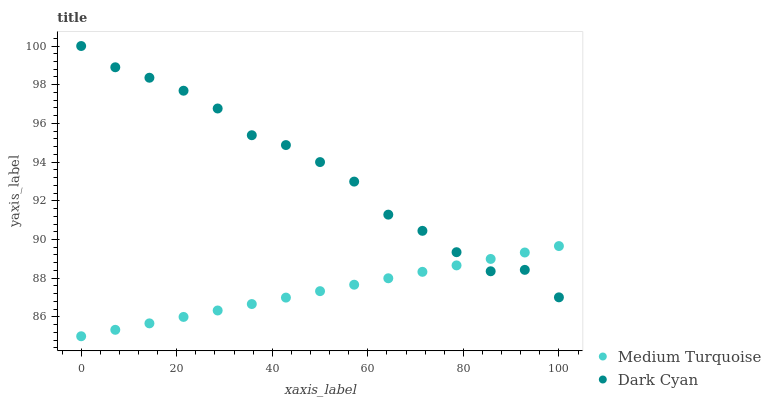
| xaxis_label | Medium Turquoise | Dark Cyan |
 | --- | --- | --- |
 | 0 | 85 | 100 |
 | 7.14 | 85.3 | 98.9 |
 | 14.3 | 85.7 | 98.4 |
 | 21.4 | 86 | 97.7 |
 | 28.6 | 86.3 | 96.8 |
 | 35.7 | 86.7 | 95.4 |
 | 42.9 | 87 | 94.9 |
 | 50 | 87.3 | 94 |
 | 57.1 | 87.7 | 93 |
 | 64.3 | 88 | 91.3 |
 | 71.4 | 88.3 | 90.4 |
 | 78.6 | 88.7 | 89.3 |
 | 85.7 | 89 | 88.4 |
 | 92.9 | 89.3 | 88.4 |
 | 100 | 89.7 | 87 |